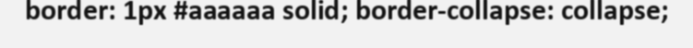
border: 1px #aaaaaa solid; border-collapse: collapse;